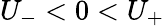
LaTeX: U_{-}<0<U_{+}